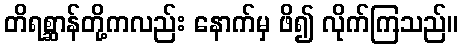
တိရစ္ဆာန်တို့ကလည်း နောက်မှ ဖိ၍ လိုက်ကြသည်။